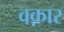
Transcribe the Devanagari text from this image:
वक़ार